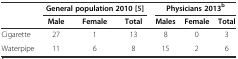
|  | <COLSPAN=3> General population 2010[5] | <COLSPAN=3> Physicians 2013b |
 |  | Male | Female | Total | Males | Female | Total |
 | --- | --- | --- | --- | --- | --- | --- |
 | Cigarette | 27 | 1 | 13 | 8 | 0 | 3 |
 | Waterpipe | 11 | 6 | 8 | 15 | 2 | 6 |